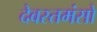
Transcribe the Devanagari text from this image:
देवस्तमंसो